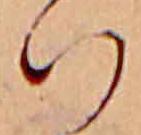
ハ